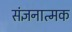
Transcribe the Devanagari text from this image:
संज्ञनात्मक